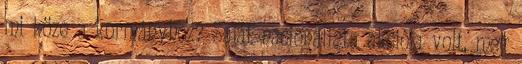
mi köze a kormányhoz? Saját nacionalista akciója volt, meg